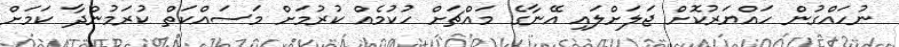
ނުހައްގުން ހައްޔަރުކޮށް ޖަލަށްލައި އޭނާގެ މައްޗަށް ހުކުމެއް ކުރުމަށް މަސައްކަތް ކުރަމުންދާ ކަމަށް